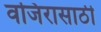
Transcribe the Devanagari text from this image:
वजिरासाठी